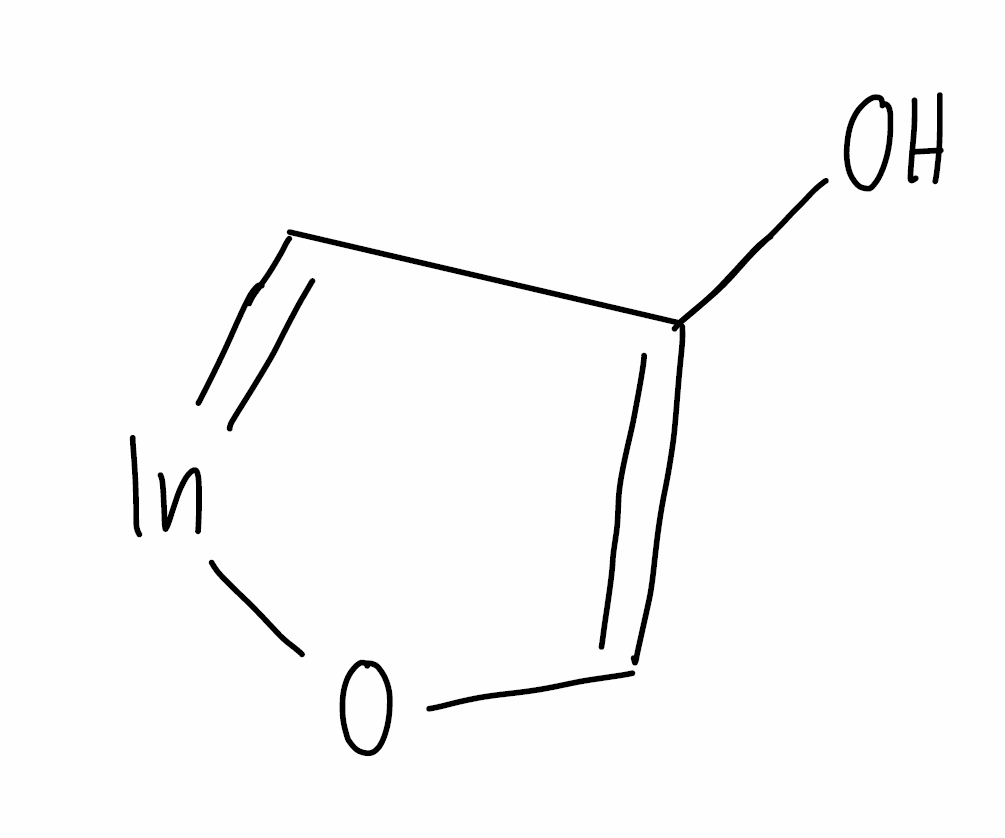
Simplified molecular-input line-entry system (SMILES) notation of the given molecule:
C1=C(C=[In]O1)O